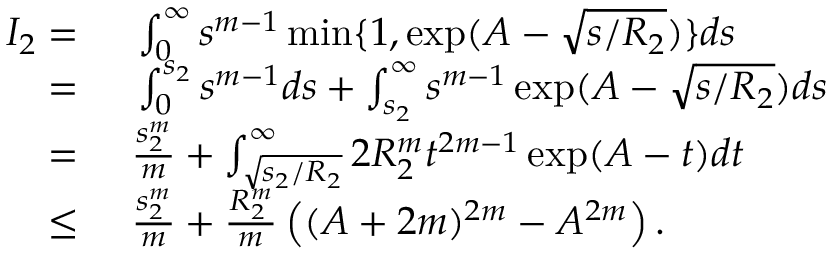
\begin{array} { r l } { I _ { 2 } = } & { { } ~ \int _ { 0 } ^ { \infty } s ^ { m - 1 } \operatorname* { m i n } \{ 1 , \exp ( A - \sqrt { s / R _ { 2 } } ) \} d s } \\ { = } & { { } ~ \int _ { 0 } ^ { s _ { 2 } } s ^ { m - 1 } d s + \int _ { s _ { 2 } } ^ { \infty } s ^ { m - 1 } \exp ( A - \sqrt { s / R _ { 2 } } ) d s } \\ { = } & { { } ~ \frac { s _ { 2 } ^ { m } } { m } + \int _ { \sqrt { s _ { 2 } / R _ { 2 } } } ^ { \infty } 2 R _ { 2 } ^ { m } t ^ { 2 m - 1 } \exp ( A - t ) d t } \\ { \leq } & { { } ~ \frac { s _ { 2 } ^ { m } } { m } + \frac { R _ { 2 } ^ { m } } { m } \left( ( A + 2 m ) ^ { 2 m } - A ^ { 2 m } \right) . } \end{array}